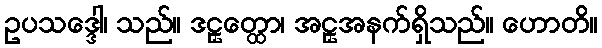
ဥပသဒ္ဒေါ၊ သည်။ ဒဠှတ္ထော၊ အဠှအနက်ရှိသည်။ ဟောတိ။